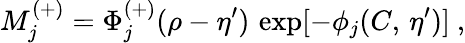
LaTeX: M_{j}^{(+)}=\Phi_{j}^{(+)}(\rho-\eta^{\prime})\, \exp[-\phi_{j}(C,\, \eta^{\prime})]~,